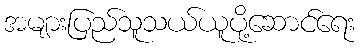
အများပြည်သူသယ်ယူပို့ဆောင်ရေး